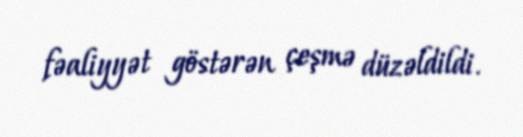
fəaliyyət göstərən çeşmə düzəldildi.